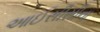
આઈસીસીના